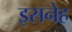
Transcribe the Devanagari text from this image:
इसनेह